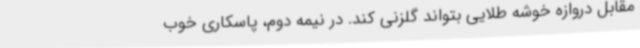
مقابل دروازه خوشه طلایی بتواند گلزنی کند. در نیمه دوم، پاسکاری خوب